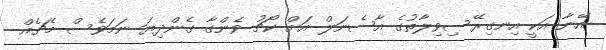
އޭނާ އަކީ އިނގިރޭސިވިލާތުގެ އާސެނަލް އަށް ކޯޗު ވެންގާ ގެންދިޔަ ނަމަވެސް މެޗެއް